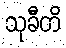
သုခီတိ